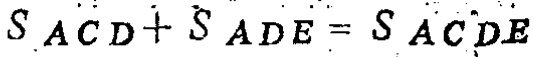
$S_{ACD}+S_{ADE}=S_{ACDE}$